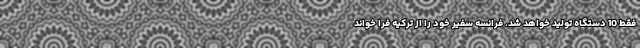
فقط 10 دستگاه تولید خواهد شد. فرانسه سفیر خود را از ترکیه فرا خواند